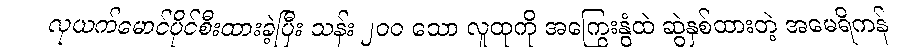
လုယက်မောင်ပိုင်စီးထားခဲ့ပြီး သန်း ၂၀၀ သော လူထုကို အကြွေးနွံထဲ ဆွဲနှစ်ထားတဲ့ အမေရိကန်